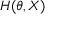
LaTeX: H ( \theta , X )